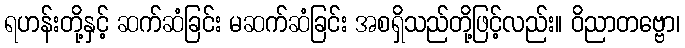
ရဟန်းတို့နှင့် ဆက်ဆံခြင်း မဆက်ဆံခြင်း အစရှိသည်တို့ဖြင့်လည်း။ ဝိညာတဗ္ဗော၊